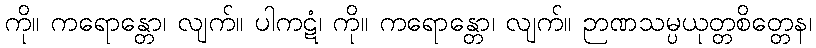
ကို။ ကရောန္တော၊ လျက်။ ပါကဋံ၊ ကို။ ကရောန္တော၊ လျက်။ ဉာဏသမ္ပယုတ္တစိတ္တေန၊